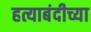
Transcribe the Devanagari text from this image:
हत्याबंदीच्या